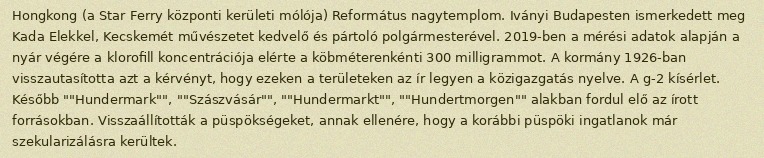
Hongkong (a Star Ferry központi kerületi mólója) Református nagytemplom. Iványi Budapesten ismerkedett meg Kada Elekkel, Kecskemét művészetet kedvelő és pártoló polgármesterével. 2019-ben a mérési adatok alapján a nyár végére a klorofill koncentrációja elérte a köbméterenkénti 300 milligrammot. A kormány 1926-ban visszautasította azt a kérvényt, hogy ezeken a területeken az ír legyen a közigazgatás nyelve. A g-2 kísérlet. Később ""Hundermark"", ""Szászvásár"", ""Hundermarkt"", ""Hundertmorgen"" alakban fordul elő az írott forrásokban. Visszaállították a püspökségeket, annak ellenére, hogy a korábbi püspöki ingatlanok már szekularizálásra kerültek.